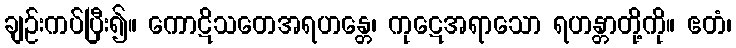
ချဉ်းကပ်ပြီး၍။ ကောဋိသတေအရဟန္တေ၊ ကုဋေအရာသော ရဟန္တာတို့ကို။ ဧတံ၊